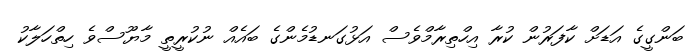
ބަންގީގެ އަޑަށް ކާފަރުން ކުރާ އިހްތިރާމްވެސް އަޅުގަނޑުމެންގެ ބައެއް ނުކުރީތީ މާޔޫސްވެ ހިތްހަލާކު